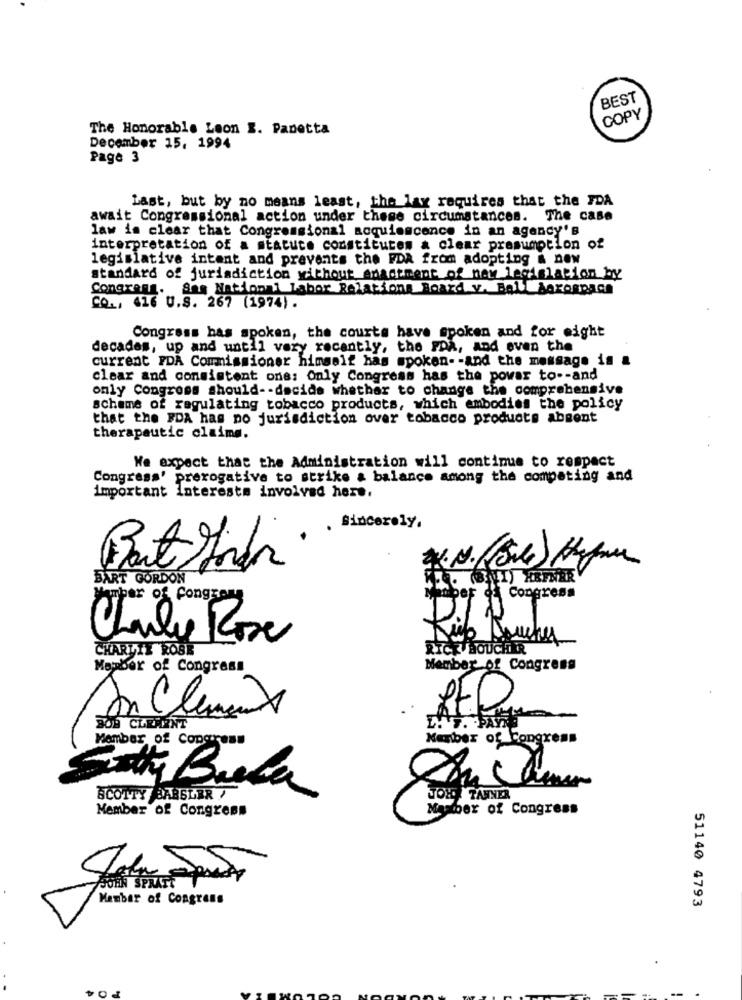
BEST
COPY
The Honorable Leon B. Panetta
December 15, 1994
Page 3
Last, but by no means least, the lay requires that the FDA
await Congressional action under these circumstances. The case
law is clear that Congressional acquiescence in an agency's
interpretation of a statute constitutes & clear presumption of
legislative intent and prevents the FDA from adopting a new
standard of jurisdiction without enactment of new legislation by
Congrang.
Sas National labor Relations Board y. Ball Aerospace
CO ., 416 U.S. 267 (1974).
Congress has spoken, the courts have spoken and for eight
decades, up and until very recently, the FDA, and even the
current FDA Commissioner himself has spoken- - and the message is &
clear and consistent one: Only Congress has the power to -- and
only Congress should -- decide whether to change the comprehensive
scheme of regulating tobacco products, which embodies the policy
that the FDA has no jurisdiction over tobacco products absent
therapeutic claims.
We expect that the Administration will continue to respect
Congress' prerogative to strike a balance among the competing and
important Interests involved here.
Sincerely.
BART GORDON
Member of fongrene
Manber of Congress
Charlie Rose
CHARLIE ROSE
RICK BOUCHER
Member of Congress
Member of Congress
Member of Congress
Number of Congress
Scotty Breda
SCOTTY BARSLER /
JOL TANNER
Member of Congress
Member of Congress
JOHN SPRATT T
Member of Congress
51140 4793